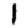
Digit: 1